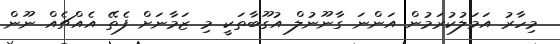
މިހާރު އަމަލުކުރަމުން އަންނަ ގާނޫނުލް އުގޫބާތަކީ މި ޒަމާނަށް ފެތޭ އެއްޗެއް ނޫން